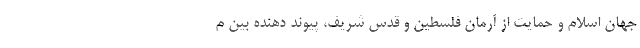
جهان اسلام و حمایت از آرمان فلسطین و قدس شریف، پیوند­ دهنده بین م